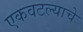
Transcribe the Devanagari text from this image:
एकवटल्याचे